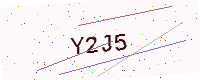
Text: Y2J5